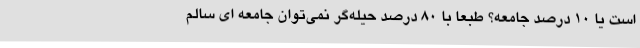
است یا 10 درصد جامعه؟ طبعاً با 80 درصد حیله‌گر نمی‌توان جامعه ای سالم